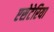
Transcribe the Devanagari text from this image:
एसेटेरिया